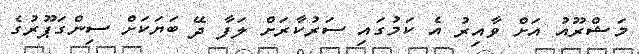
މަޝްރޫއު އަށް ވާއިރު އެ ކަމުގައި ސަރުކާރަށް ލަފާ ދޭ ބަޔަކަށް ސިންގަޕޫރުގެ